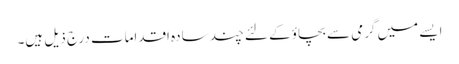
ایسے میں گرمی سے بچاؤ کے لئے چند سادہ اقدامات درج ذیل ہیں۔